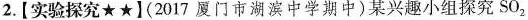
2.【实验探究★★】(2017厦门市湖滨中学期中)某兴趣小组探究SO_{2}